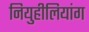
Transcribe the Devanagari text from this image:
नियुहीलियांग